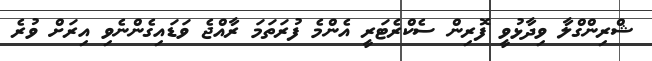
ޝްރިންގްލާ ވިދާޅުވީ ފޮރިން ސެކްރެޓަރީ އެންމެ ފުރަތަމަ ރާއްޖެ ވަޑައިގެންނެވި އިރަށް ވުރެ